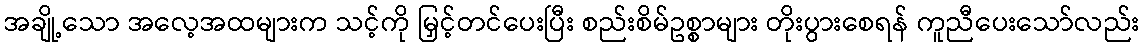
အချို့သော အလေ့အထများက သင့်ကို မြှင့်တင်ပေးပြီး စည်းစိမ်ဥစ္စာများ တိုးပွားစေရန် ကူညီပေးသော်လည်း